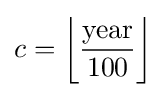
c={\biggl \lfloor }{{\text{year}} \over 100}{\biggr \rfloor }